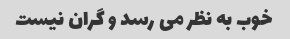
خوب به نظر می رسد و گران نیست